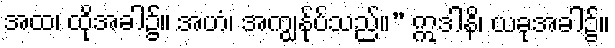
အထ၊ ထိုအခါ၌။ အဟံ၊ အကျွန်ုပ်သည်။” ဣဒါနိ၊ ယခုအခါ၌။